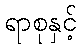
ရာစုနှင့်